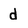
Character: d